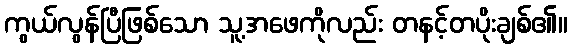
ကွယ်လွန်ပြီဖြစ်သော သူ့အဖေကိုလည်း တနင့်တပိုးချစ်၏။